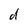
Character: d